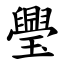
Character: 璺